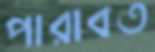
পারাবত